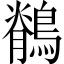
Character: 鶺